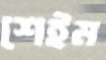
শেইম